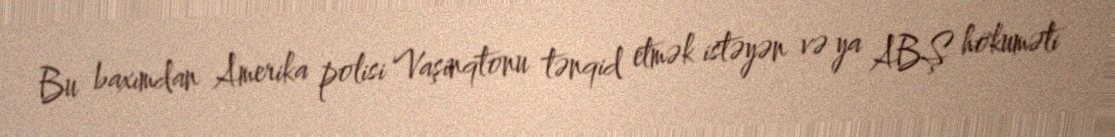
Bu baxımdan Amerika polisi Vaşinqtonu tənqid etmək istəyən və ya ABŞ hökuməti